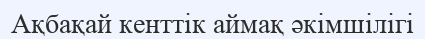
Ақбақай кенттік аймақ әкімшілігі